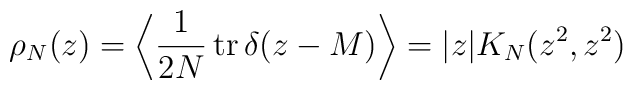
\rho_N(z)=\left\langle \frac{1}{2N}\, {\rm tr}\, \delta( z- M)\right\rangle =| z | K_N (z^2, z^2)